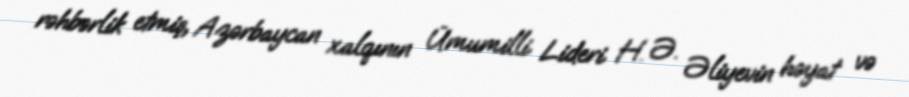
rəhbərlik etmiş, Azərbaycan xalqının Ümumilli Lideri H. Ə. Əliyevin həyat və